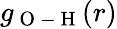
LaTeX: g_{\mathrm{~O~-~H~}}(r)